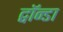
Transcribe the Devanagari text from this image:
ट्वॉन्डा